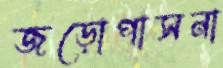
জড়োপাসনা